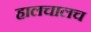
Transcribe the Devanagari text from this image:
हालचालच